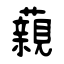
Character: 藽